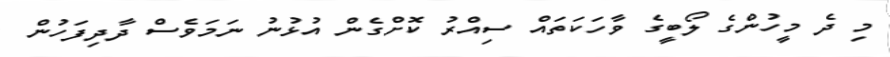
މި ދެ މީހުންގެ ލޯބީގެ ވާހަކަތައް ސިއްރު ކޮށްގެން އުޅުނު ނަމަވެސް ދާދިފަހުން